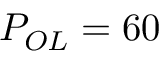
P _ { O L } = 6 0 \